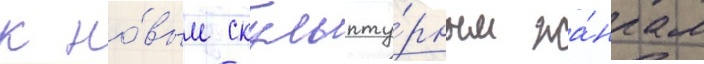
к но́вым скульпту́рным жа́нрам